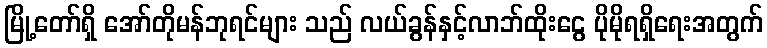
မြို့တော်ရှိ အော်တိုမန်ဘုရင်များ သည် လယ်ခွန်နှင့်လာဘ်ထိုးငွေ ပိုမိုရရှိရေးအတွက်